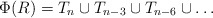
\begin{align*}\Phi(R)=T_{n}\cup T_{n-3}\cup T_{n-6}\cup \dots \end{align*}